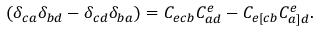
( \delta _ { c a } \delta _ { b d } - \delta _ { c d } \delta _ { b a } ) = C _ { e c b } C _ { a d } ^ { e } - C _ { e [ c b } C _ { a ] d } ^ { e } .